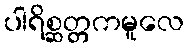
ပါရိစ္ဆတ္တကမူလေ